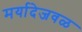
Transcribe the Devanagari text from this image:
मर्यादेजवळ